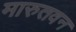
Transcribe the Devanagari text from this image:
मारुतवन